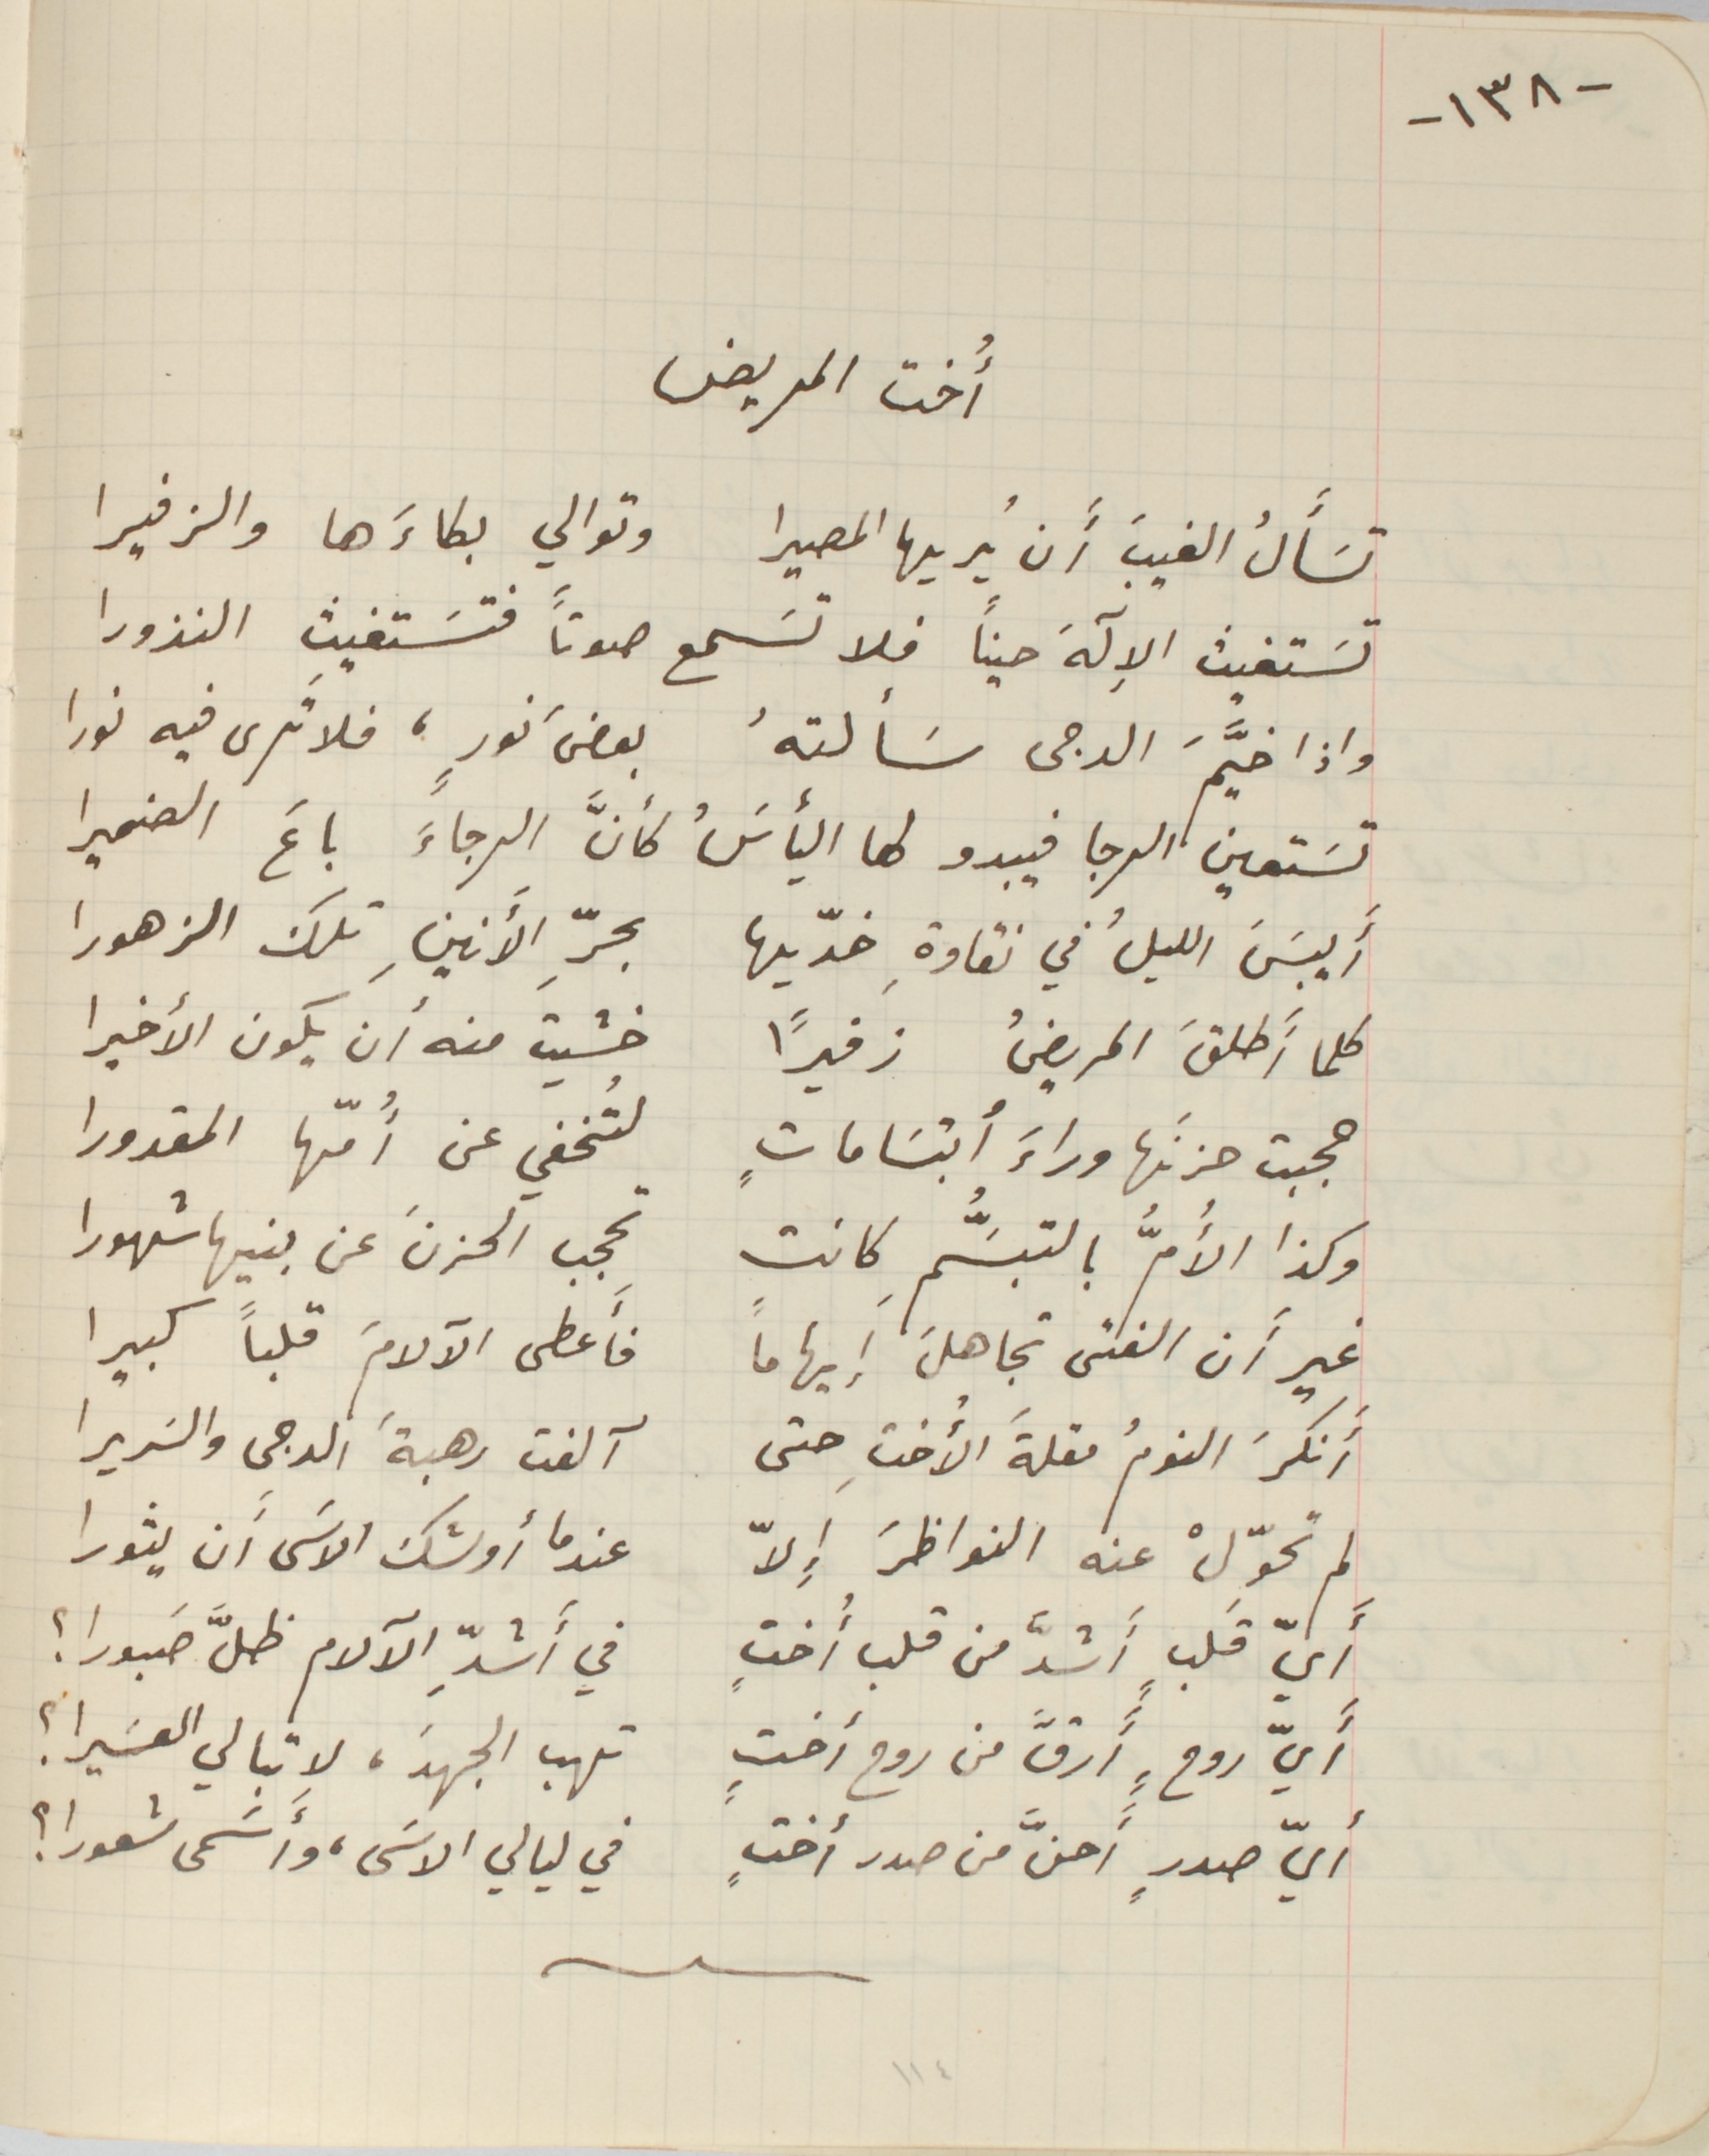
-١٣٨-
أُخت المريض
تسأَلُ الغيبَ أَن يُريها المصيرا وتوالي بكاءَها والزفيرا
تسَتغيث الاِلَهَ حيناً فلا تسَمع صوتاً فتسَتغيث النذورا
واذا خيَّمَ الدجى سَألتهُ بعضَ نورٍ، فلا تَرى فيه نورا
تسَتعين الرجا فيبدو لها اليأسَُ كأنَّ الرجاءَ باعَ الضميرا
أَيبَسَ الليلُ في نقاوةِ خدّيها بحرِّ الأنينِ تلك الزهورا
كلما أَطلقَ المريضُ زفيرًا خشيتَ منه ان يكون الأخيرا
حجبت حزنَها وراءَ أبتسَاماتٍ لتُخفي عن أُمّها المقدورا
وكذا الأُمُّ بالتبسَُّمِ كانت تحجب الحزنَ عن بنيها شهورا
غير أَن الفتى تجاهلَ إيهامًا فأَعطى الآلامَ قلباً كبيرا
أنكرَ النومُ مقلةَ الأُختِ حتى آلفت رهبةَ الدجى والسَريرا
لم تحوِّلْ عنه النواظرَ إِلاّ عندما أوشك الاسَى أَن يثورا
أَيّ قَلبٍ أَشدَّ من قلب أُختٍ في أَشدِّ الآلام ظلَّ صَبورا ؟
أَيّ روحٍ أَرقَّ من روح أختٍ تهب الجهدَ، لا تبالي العسَيرا؟
أيّ صدرٍ أَحنَّ من صدر أختٍ في ليالي الاسَى، وأَسَمى شعورا؟